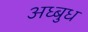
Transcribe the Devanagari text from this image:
अध्बुध